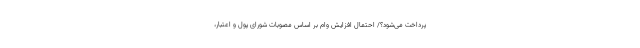
پرداخت می‌شود؟/ احتمال افزایش وام بر اساس مصوبات شورای پول و اعتبار،